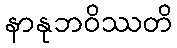
နာနုဘဝိဿတိ